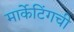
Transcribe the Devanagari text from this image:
मार्केटिंगची